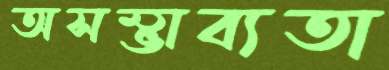
অসম্ভাব্যতা